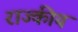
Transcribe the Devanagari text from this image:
राज्कीय